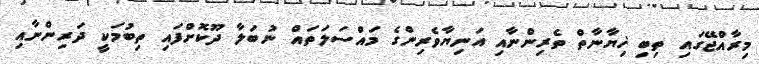
މިރާއްޖޭގައި ތިބި ޚިޔާނާތް ތެރިންނާއި އަނިޔާވެރިންގެ މައްސަލަތައް ނުބަލާ ދޫކޮށްފައި ތިބުމަކީ ދަރިންނާއި